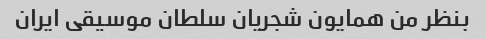
بنظر من همایون شجریان سلطان موسیقی ایران